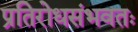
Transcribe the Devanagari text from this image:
प्रतिरोधसंभवतः